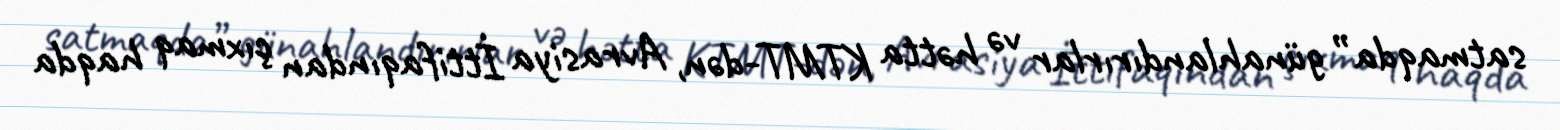
satmaqda” günahlandırırlar və hətta KTMT-dən, Avrasiya İttifaqından çıxmaq haqda